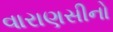
વારાણસીનો